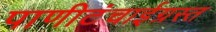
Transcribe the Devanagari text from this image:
पाणीटंचाईग्रस्त